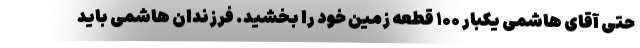
حتی آقای هاشمی یکبار ۱۰۰ قطعه زمین خود را بخشید. فرزندان هاشمی باید